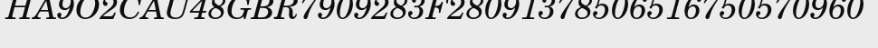
HA9O2CAU48GBR7909283F28091378506516750570960